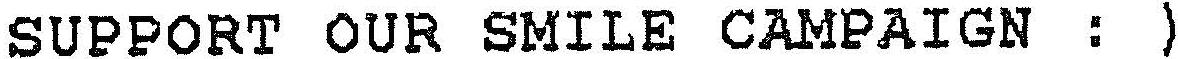
SUPPORT OUR SMILE CAMPAIGN : )